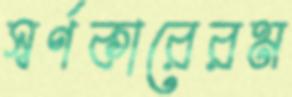
স্বর্ণকারেরম